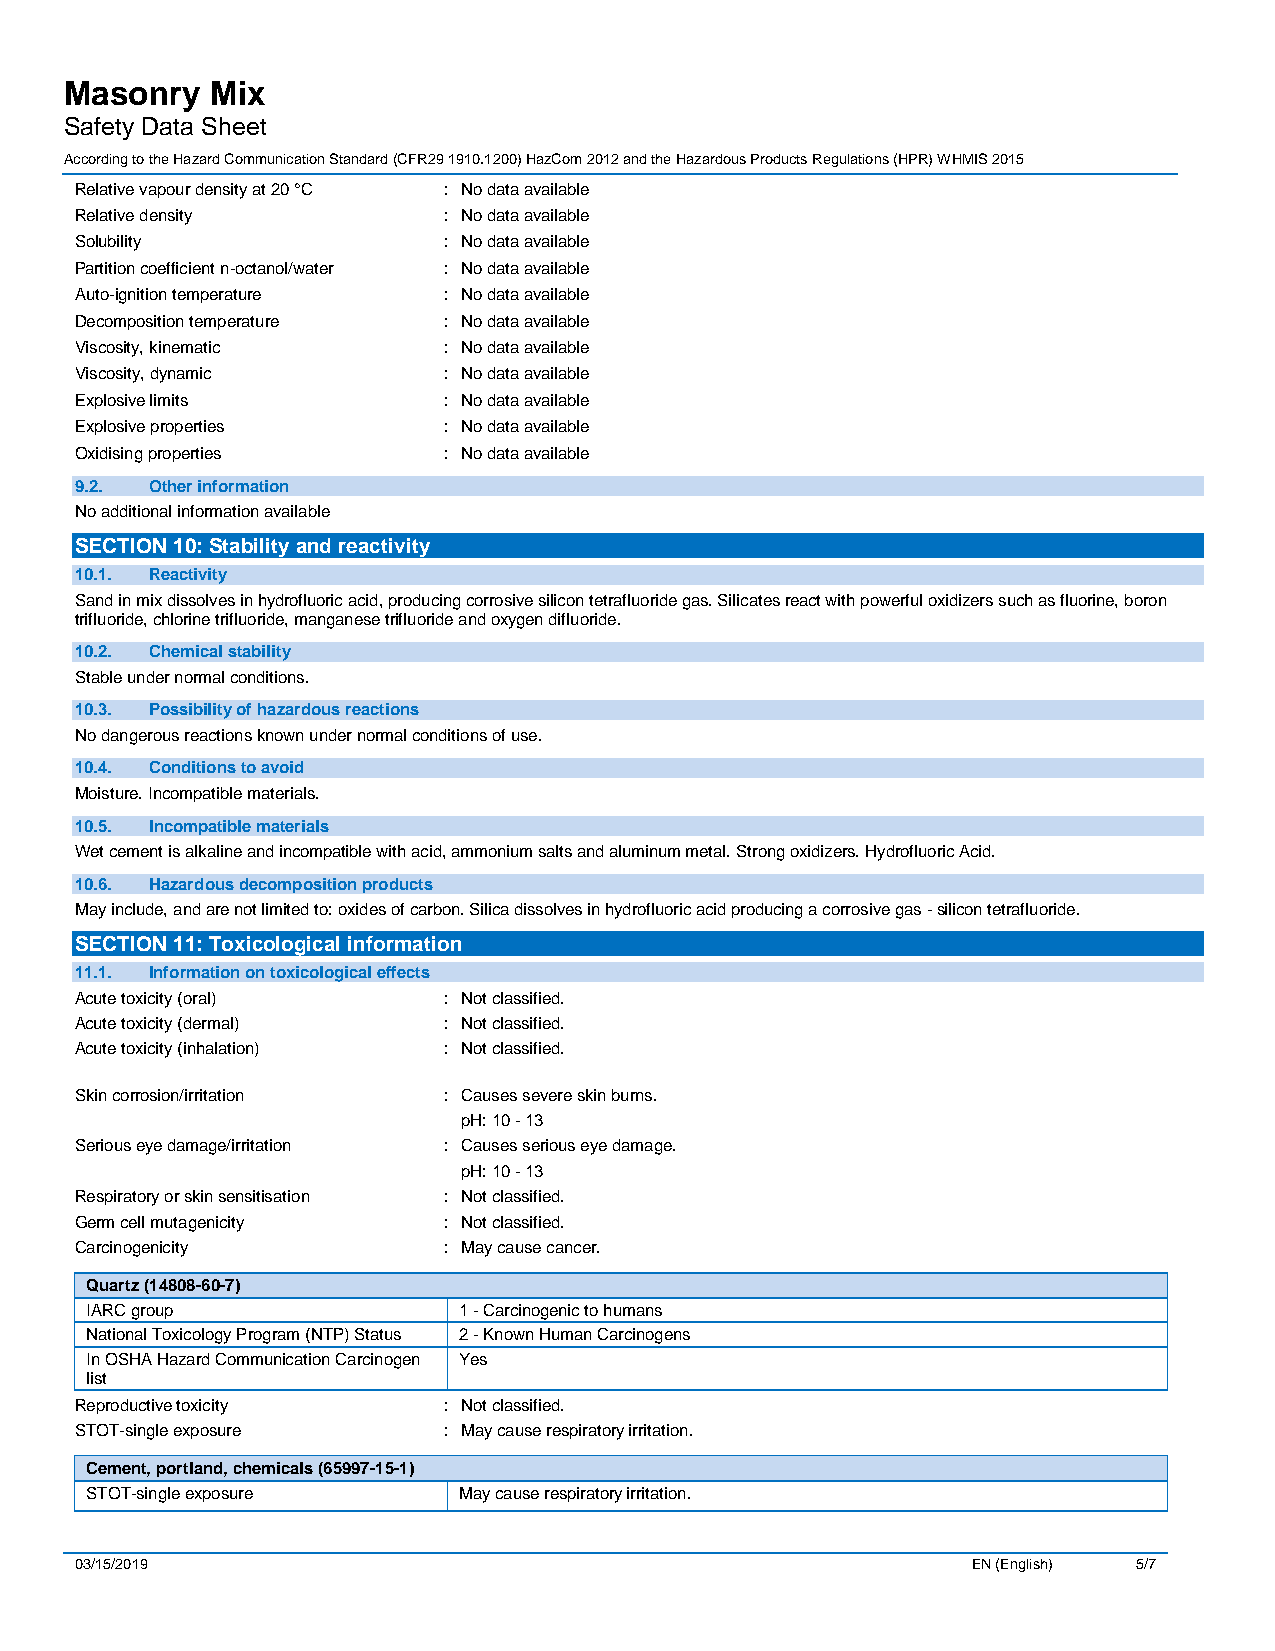
Masonry   Mix
 Safety Data Sheet
 According to the Hazard Communication Standard (CFR29 1910.1200) HazCom 2012 and the Hazardous Products Regulations (HPR) WHMIS 2015
 Relative vapour density at 20 °C : No data available
 Relative density        : No data available
 Solubility              : No data available
 Partition coefficient n-octanol/water : No data available
 Auto-ignition temperature : No data available
 Decomposition temperature : No data available
 Viscosity, kinematic    : No data available
 Viscosity, dynamic      : No data available
 Explosive limits        : No data available
 Explosive properties    : No data available
 Oxidising properties    : No data available
 9.2. Other information
 No additional information available
 SECTION 10: Stability and reactivity
 10.1. Reactivity
 Sand in mix dissolves in hydrofluoric acid, producing corrosive silicon tetrafluoride gas. Silicates react with powerful oxidizers such as fluorine, boron
 trifluoride, chlorine trifluoride, manganese trifluoride and oxygen difluoride.
 10.2. Chemical stability
 Stable under normal conditions.
 10.3. Possibility of hazardous reactions
 No dangerous reactions known under normal conditions of use.
 10.4. Conditions to avoid
 Moisture. Incompatible materials.
 10.5. Incompatible materials
 Wet cement is alkaline and incompatible with acid, ammonium salts and aluminum metal. Strong oxidizers. Hydrofluoric Acid.
 10.6. Hazardous decomposition products
 May include, and are not limited to: oxides of carbon. Silica dissolves in hydrofluoric acid producing a corrosive gas - silicon tetrafluoride.
 SECTION 11: Toxicological information
 11.1. Information on toxicological effects
 Acute toxicity (oral)   : Not classified.
 Acute toxicity (dermal) : Not classified.
 Acute toxicity (inhalation) : Not classified.
 S kin corrosion/irritation : Causes severe skin burns.
 pH: 10 - 13
 Serious eye damage/irritation : Causes serious eye damage.
 pH: 10 - 13
 Respiratory or skin sensitisation : Not classified.
 Germ cell mutagenicity  : Not classified.
 Carcinogenicity         : May cause cancer.
 Quartz (14808-60-7)
 IARC group              1 - Carcinogenic to humans
 National Toxicology Program (NTP) Status 2 - Known Human Carcinogens
 In OSHA Hazard Communication Carcinogen Yes
 list
 Reproductive toxicity   : Not classified.
 STOT-single exposure    : May cause respiratory irritation.
 Cement, portland, chemicals (65997-15-1)
 STOT-single exposure    May cause respiratory irritation.
 03/15/2019                                                 EN (English) 5/7